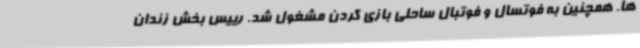
ها. همچنین به فوتسال و فوتبال ساحلی بازی کردن مشغول شد. رییس بخش زندان